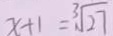
x + 1 = \sqrt [ 3 ] { 2 7 }